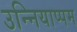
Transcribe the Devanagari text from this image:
उन्नियाप्पम